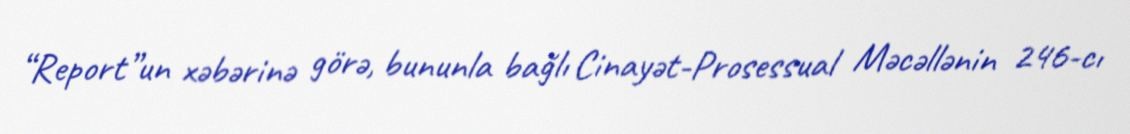
“Report”un xəbərinə görə, bununla bağlı Cinayət-Prosessual Məcəllənin 246-cı